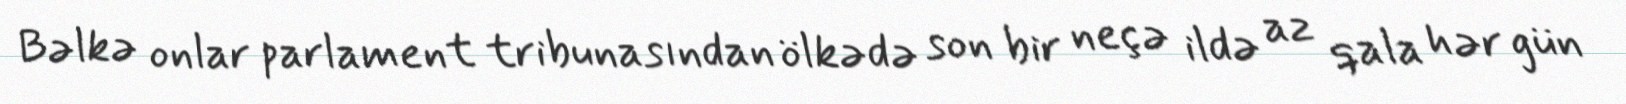
Bəlkə onlar parlament tribunasından ölkədə son bir neçə ildə az qala hər gün